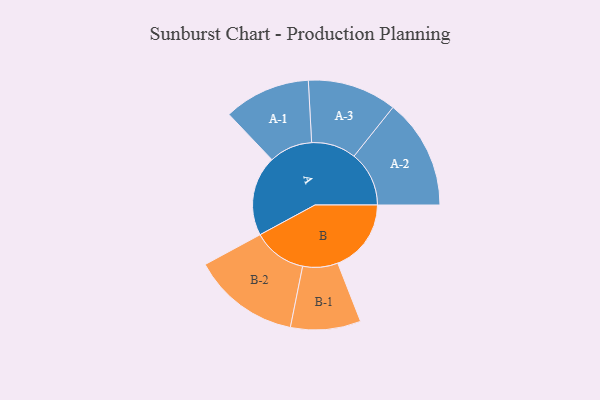
{"axis": {"x": "Segment", "y": "Value"}, "legend": ["", "A", "B"], "data": [{"x": "A", "y": 370, "type": ""}, {"x": "B", "y": 339, "type": ""}, {"x": "A-1", "y": 200, "type": "A"}, {"x": "A-2", "y": 254, "type": "A"}, {"x": "A-3", "y": 206, "type": "A"}, {"x": "B-1", "y": 162, "type": "B"}, {"x": "B-2", "y": 248, "type": "B"}]}